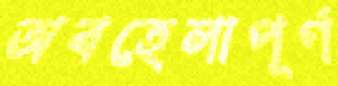
অবহেলাপূর্ণ